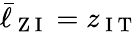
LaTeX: \bar{\ell}_{\mathrm{~Z~I~}}=z_{\mathrm{~I~T~}}